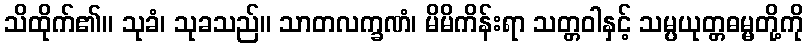
သိထိုက်၏။ သုခံ၊ သုခသည်။ သာတလက္ခဏံ၊ မိမိကိန်းရာ သတ္တဝါနှင့် သမ္ပယုတ္တဓမ္မတို့ကို